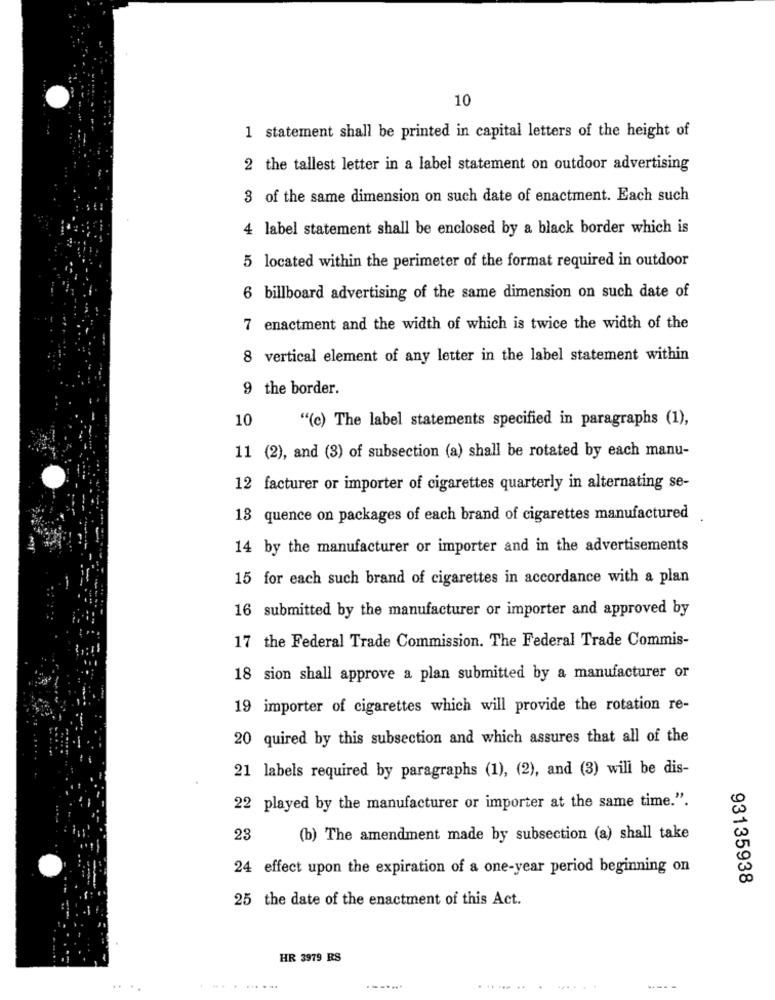
10
1 statement shall be printed in capital letters of the height of
2 the tallest letter in a label statement on outdoor advertising
3 of the same dimension on such date of enactment. Each such
4 label statement shall be enclosed by a black border which is
5 located within the perimeter of the format required in outdoor
6 billboard advertising of the same dimension on such date of
7 enactment and the width of which is twice the width of the
8 vertical element of any letter in the label statement within
9 the border.
10
"(c) The label statements specified in paragraphs (1),
11 (2), and (3) of subsection (a) shall be rotated by each manu-
12 facturer or importer of cigarettes quarterly in alternating se-
13 quence on packages of each brand of cigarettes manufactured
14 by the manufacturer or importer and in the advertisements
15 for each such brand of cigarettes in accordance with a plan
16 submitted by the manufacturer or importer and approved by
17 the Federal Trade Commission. The Federal Trade Commis-
18 sion shall approve a plan submitted by a manufacturer or
19 importer of cigarettes which will provide the rotation re-
20 quired by this subsection and which assures that all of the
21 labels required by paragraphs (1), (2), and (3) will be dis-
22 played by the manufacturer or importer at the same time.".
23
(b) The amendment made by subsection (a) shall take
24 effect upon the expiration of a one-year period beginning on
93135938
25 the date of the enactment of this Act.
HR 3979 RS